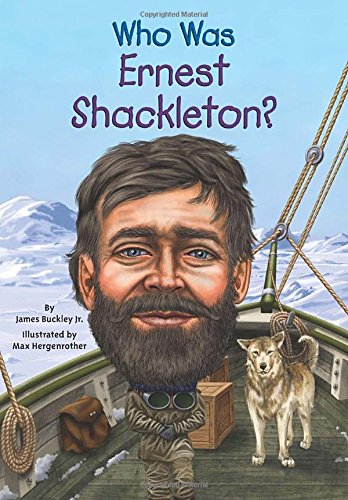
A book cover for Who Was Ernest Shackleton?; James Buckley; Children's Books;